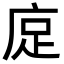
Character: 𫷭